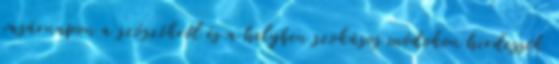
vasárnapon a szószékről és a helyben szokásos módokon hirdessék